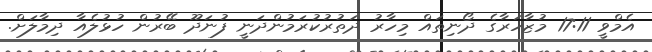
އެމްވީ 17:11 މުޒާހަރާގެ ދޯނިތައް މިހާރު ދަތުރުކުރަމުންދަނީ ފުނަދޫ ބޭރުން ހުޅުލެއާ ދިމާލަށް.